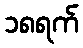
၁၈ရက်